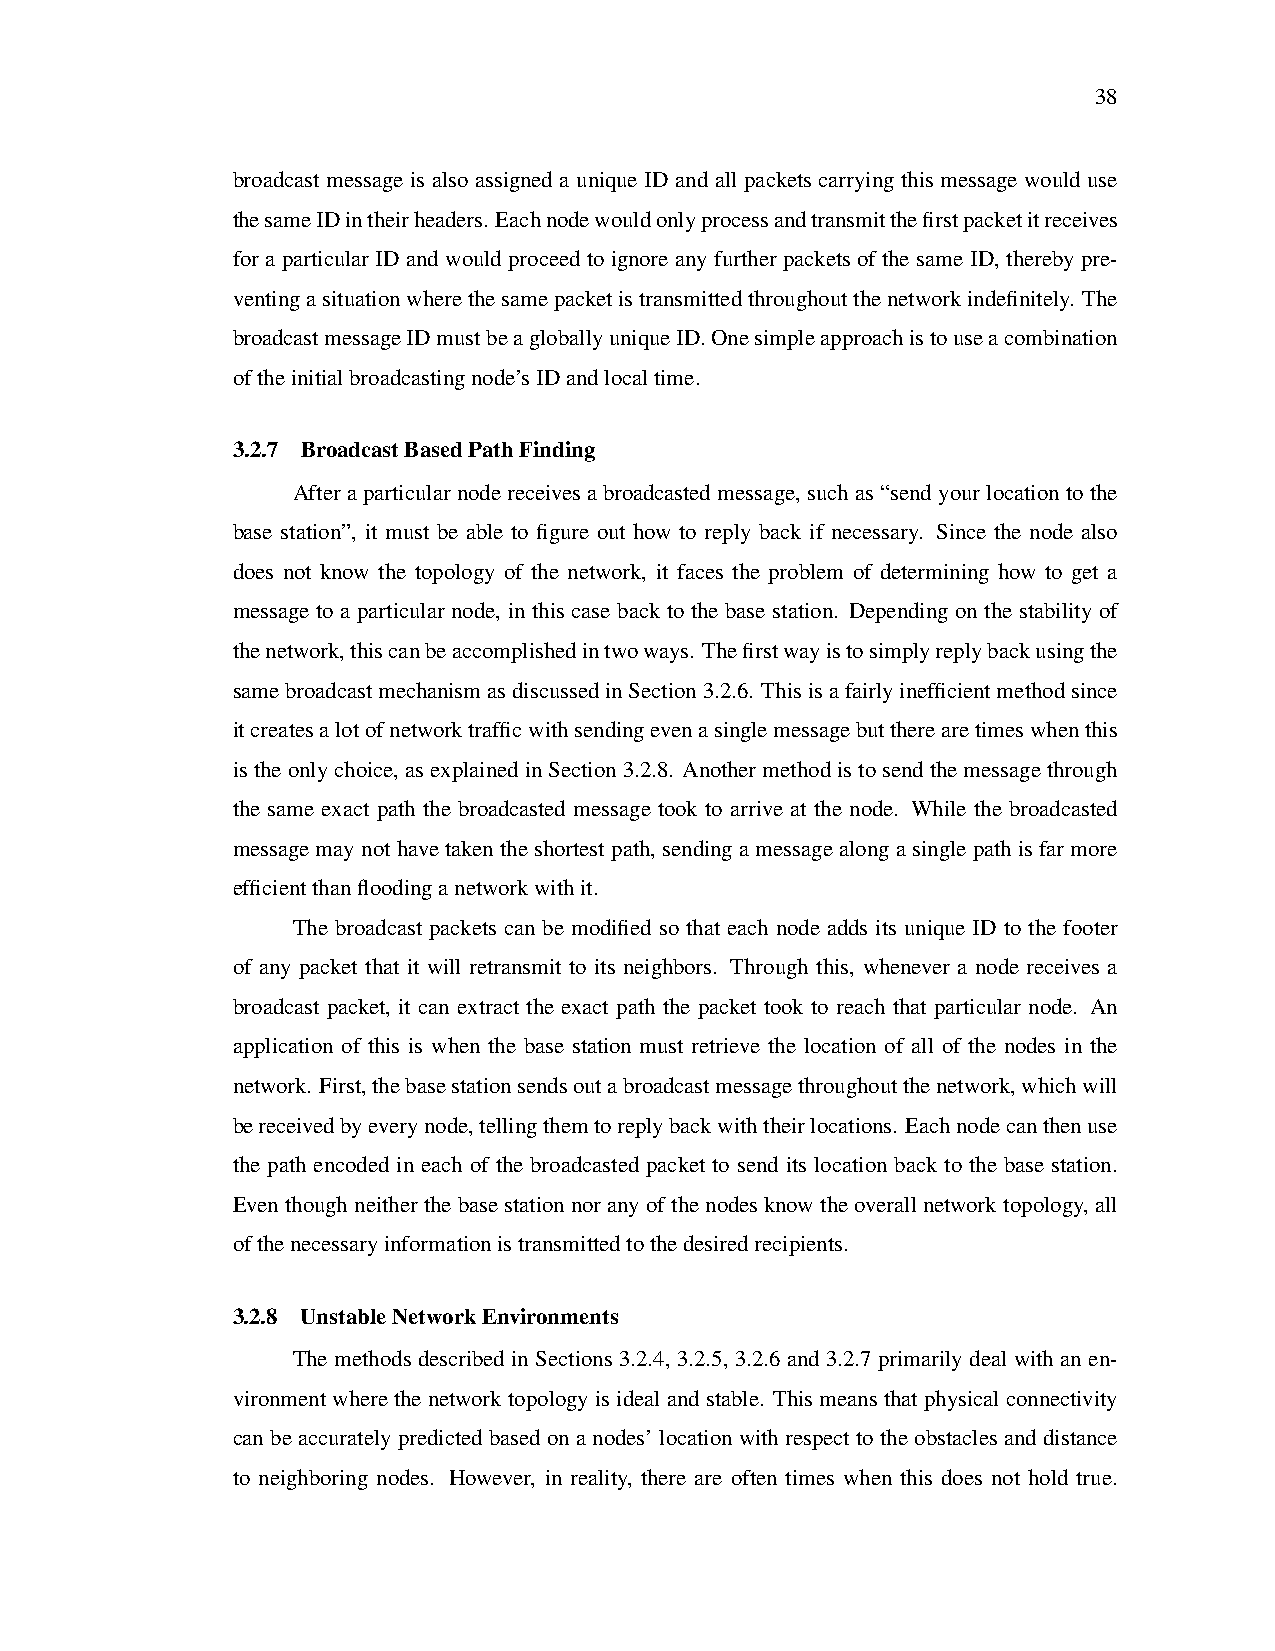
38
 broadcast message is also assigned a unique ID and all packets carrying this message would use
 thesameIDintheirheaders. Eachnodewouldonlyprocessandtransmitthefirstpacketitreceives
 for a particular ID and would proceed to ignore any further packets of the same ID, thereby pre-
 ventingasituationwherethesamepacketistransmittedthroughoutthenetworkindefinitely. The
 broadcastmessageIDmustbeagloballyuniqueID.Onesimpleapproachistouseacombination
 oftheinitialbroadcastingnode’sIDandlocaltime.
 3.2.7 BroadcastBasedPathFinding
 After a particular node receives a broadcasted message, such as “send your location to the
 base station”, it must be able to figure out how to reply back if necessary. Since the node also
 does not know the topology of the network, it faces the problem of determining how to get a
 message to a particular node, in this case back to the base station. Depending on the stability of
 thenetwork,thiscanbeaccomplishedintwoways. Thefirstwayistosimplyreplybackusingthe
 samebroadcastmechanismasdiscussedinSection3.2.6. Thisisafairlyinefficientmethodsince
 itcreatesalotofnetworktrafficwithsendingevenasinglemessagebuttherearetimeswhenthis
 istheonlychoice,asexplainedinSection3.2.8. Anothermethodistosendthemessagethrough
 the same exact path the broadcasted message took to arrive at the node. While the broadcasted
 message may not have taken the shortest path, sending a message along a single path is far more
 efficientthanfloodinganetworkwithit.
 The broadcast packets can be modified so that each node adds its unique ID to the footer
 of any packet that it will retransmit to its neighbors. Through this, whenever a node receives a
 broadcast packet, it can extract the exact path the packet took to reach that particular node. An
 application of this is when the base station must retrieve the location of all of the nodes in the
 network. First,thebasestationsendsoutabroadcastmessagethroughoutthenetwork,whichwill
 bereceivedbyeverynode,tellingthemtoreplybackwiththeirlocations. Eachnodecanthenuse
 the path encoded in each of the broadcasted packet to send its location back to the base station.
 Eventhoughneitherthebasestationnoranyofthenodesknowtheoverallnetworktopology, all
 ofthenecessaryinformationistransmittedtothedesiredrecipients.
 3.2.8 UnstableNetworkEnvironments
 The methods described in Sections 3.2.4, 3.2.5, 3.2.6 and 3.2.7 primarily deal with an en-
 vironmentwherethenetworktopologyisidealandstable. Thismeansthatphysicalconnectivity
 can be accurately predicted based on a nodes’ location with respect to the obstacles and distance
 to neighboring nodes. However, in reality, there are often times when this does not hold true.